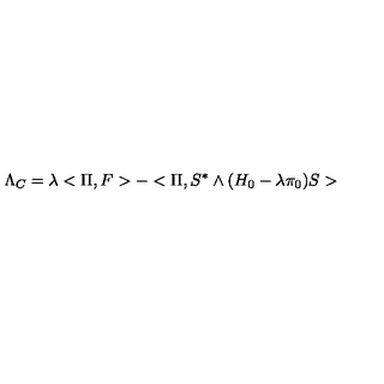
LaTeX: \Lambda _ { C } = \lambda < \Pi , F > - < \Pi , S ^ { * } \wedge ( H _ { 0 } - \lambda \pi _ { 0 } ) S >